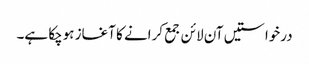
درخواستیں آن لائن جمع کرانے کا آغاز ہوچکا ہے۔